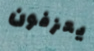
يعزفون